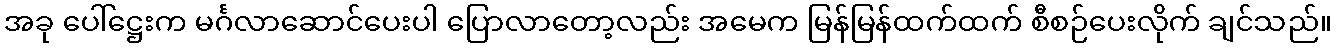
အခု ပေါ်ဋ္ဌေးက မင်္ဂလာဆောင်ပေးပါ ပြောလာတော့လည်း အမေက မြန်မြန်ထက်ထက် စီစဉ်ပေးလိုက် ချင်သည်။